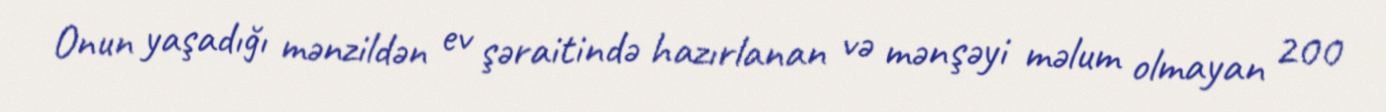
Onun yaşadığı mənzildən ev şəraitində hazırlanan və mənşəyi məlum olmayan 200